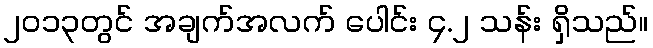
၂၀၁၃တွင် အချက်အလက် ပေါင်း ၄.၂ သန်း ရှိသည်။